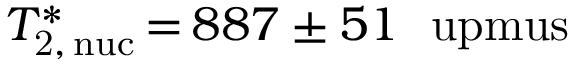
T _ { \mathrm { 2 , \, n u c } } ^ { \ast } \, { = } \, 8 8 7 \pm 5 1 ~ \mathrm { \ u p m u s }